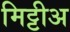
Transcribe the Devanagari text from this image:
मिट्टीअ